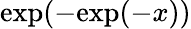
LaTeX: \mathrm{exp}(-\mathrm{exp}(-x))